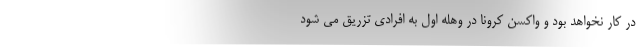
در کار نخواهد بود و واکسن کرونا در وهله اول به افرادی تزریق می شود